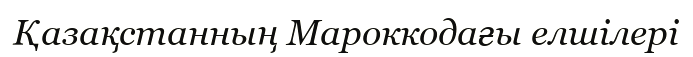
Қазақстанның Мароккодағы елшілері